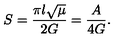
S = \frac { \pi l \sqrt { \mu } } { 2 G } = \frac { A } { 4 G } .